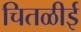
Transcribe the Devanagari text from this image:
चितळीई